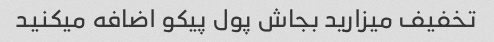
تخفیف میزارید بجاش پول پیکو اضافه میکنید